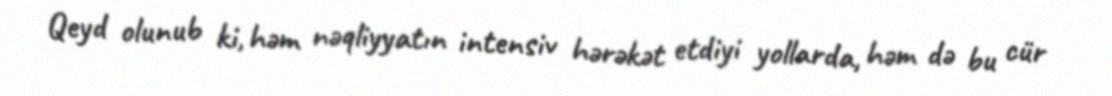
Qeyd olunub ki, həm nəqliyyatın intensiv hərəkət etdiyi yollarda, həm də bu cür